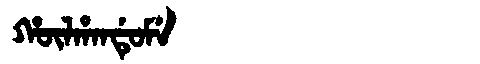
Manchu: ᡥᡡᠯᡥᠠᠨᡩᡠᠮᡝ
Romanization: HŪLHANDUME